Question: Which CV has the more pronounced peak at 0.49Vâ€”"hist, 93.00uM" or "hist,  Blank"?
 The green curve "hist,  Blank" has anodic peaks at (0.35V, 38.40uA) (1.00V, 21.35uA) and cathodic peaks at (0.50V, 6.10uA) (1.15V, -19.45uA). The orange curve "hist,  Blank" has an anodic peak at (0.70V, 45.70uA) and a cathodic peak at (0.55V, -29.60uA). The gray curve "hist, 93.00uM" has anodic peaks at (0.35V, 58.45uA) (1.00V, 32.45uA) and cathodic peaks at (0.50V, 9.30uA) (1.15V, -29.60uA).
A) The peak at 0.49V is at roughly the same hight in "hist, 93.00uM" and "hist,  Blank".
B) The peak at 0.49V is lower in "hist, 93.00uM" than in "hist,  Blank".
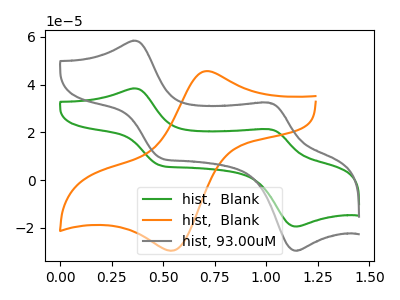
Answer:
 <answer>B) The peak at 0.49V is lower in "hist, 93.00uM" than in "hist,  Blank".</answer>
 <eval>B</eval>